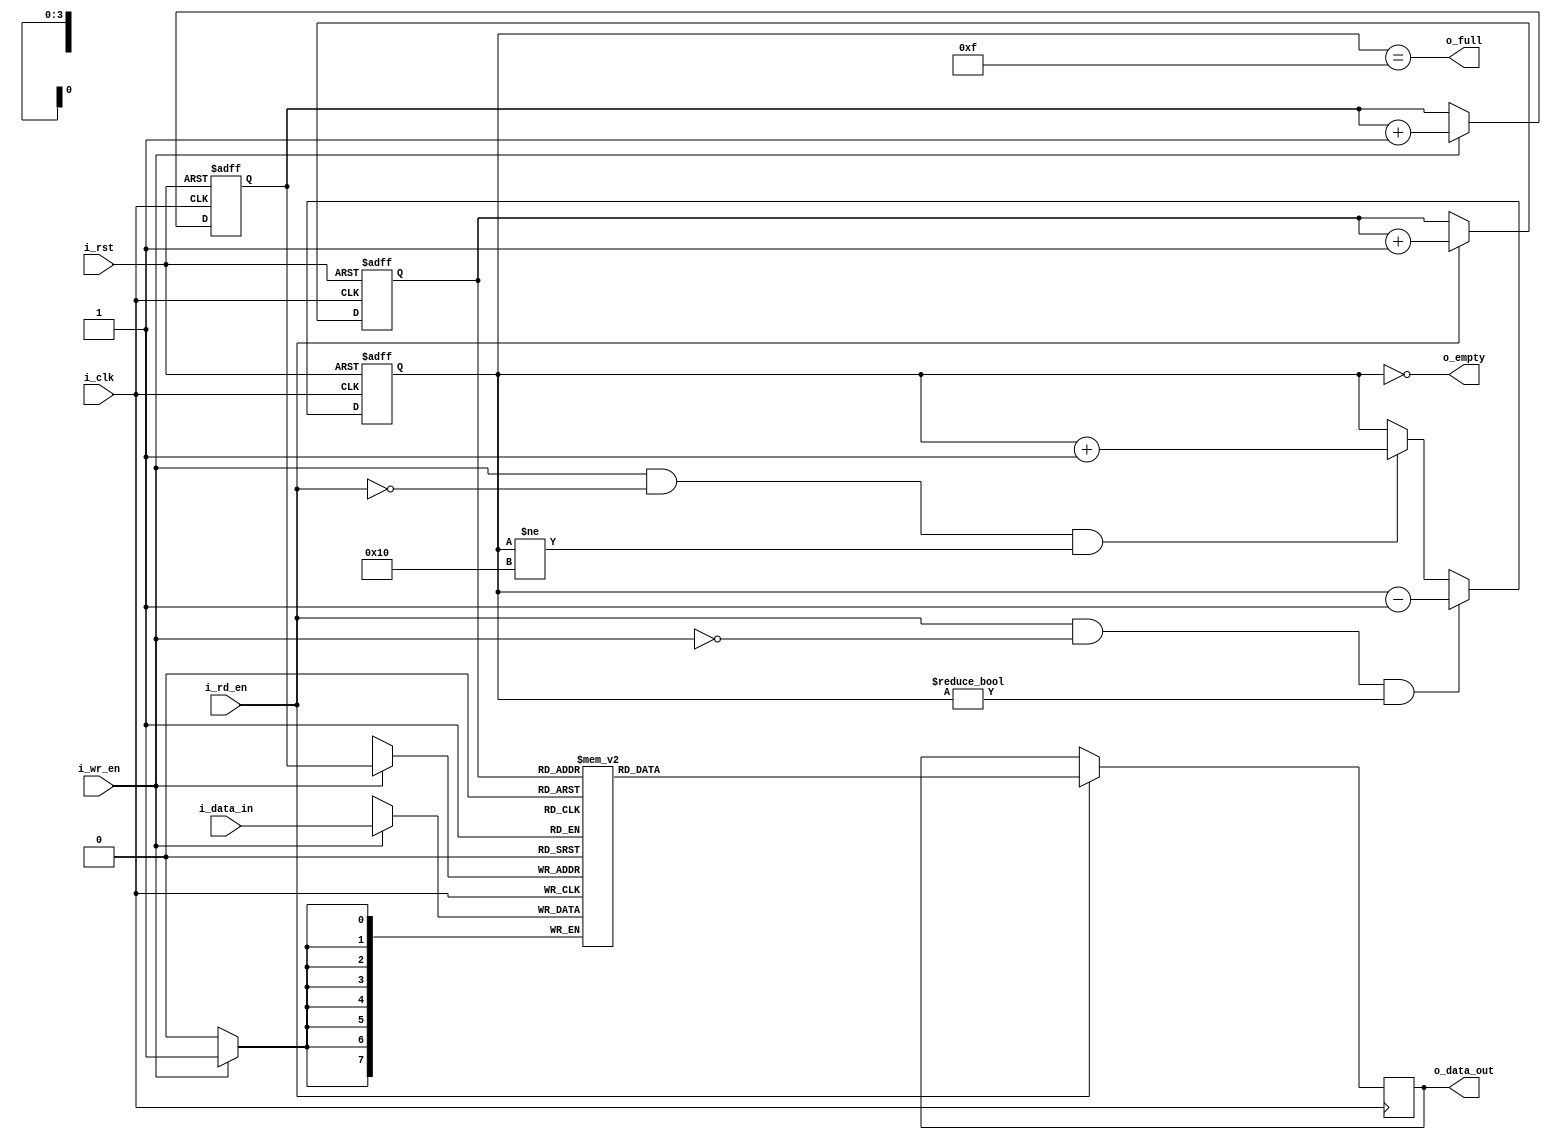
module sync_fifo #(
    parameter DATA_WIDTH = 8,
    parameter FIFO_DEPTH = 16
)(
    input wire i_clk,
    input wire i_rst,
    input wire i_rd_en,
    input wire i_wr_en,
    input wire [DATA_WIDTH-1:0] i_data_in,
    output wire o_full,
    output wire o_empty,
    output reg [DATA_WIDTH-1:0] o_data_out = 0
);
    parameter ADDR_WIDTH = $clog2(FIFO_DEPTH);
    reg [ADDR_WIDTH-1:0] wr_pointer = 0;
    reg [ADDR_WIDTH-1:0] rd_pointer = 0;
    reg [ADDR_WIDTH:0] status_cnt = 0;
    reg [DATA_WIDTH-1:0] mem [FIFO_DEPTH-1:0];
    assign o_full = (status_cnt == (FIFO_DEPTH-1));
    assign o_empty = (status_cnt == 0);
    always @ (posedge i_clk or posedge i_rst)
    begin: WRITE_POINTER
        if (i_rst)
            wr_pointer <= 0;
        else if (i_wr_en)
            wr_pointer <= wr_pointer + 1;
    end
    always @ (posedge i_clk or posedge i_rst)
    begin: READ_POINTER
        if (i_rst)
            rd_pointer <= 0;
        else if (i_rd_en)
            rd_pointer <= rd_pointer + 1;
    end
    always @ (posedge i_clk or posedge i_rst)
    begin: STATUS_COUNTER
        if (i_rst)
            status_cnt <= 0;
        else if (i_rd_en && (!i_wr_en) && (status_cnt != 0))
            status_cnt <= status_cnt - 1;
        else if (i_wr_en && (!i_rd_en) && (status_cnt != FIFO_DEPTH))
            status_cnt <= status_cnt + 1;
    end
    always @ (posedge i_clk)
    begin: RAM
        if (i_wr_en)
            mem[wr_pointer] <= i_data_in;
        if (i_rd_en)
            o_data_out <= mem[rd_pointer];
    end
endmodule